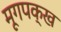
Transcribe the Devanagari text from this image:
मूगपक्ख